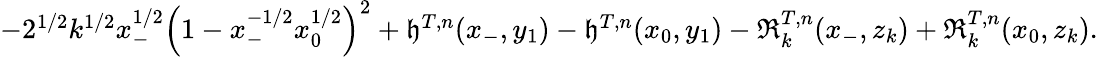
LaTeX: \begin{array}{r}{-2^{1/2}k^{1/2}x_{-}^{1/2}\left(1-x_{-}^{-1/2}x_{0}^{1/2}\right)^{2}+\mathfrak{h}^{T,n}(x_{-},y_{1})-\mathfrak{h}^{T,n}(x_{0},y_{1})-\mathfrak{R}_{k}^{T,n}(x_{-},z_{k})+\mathfrak{R}_{k}^{T,n}(x_{0},z_{k}).}\end{array}